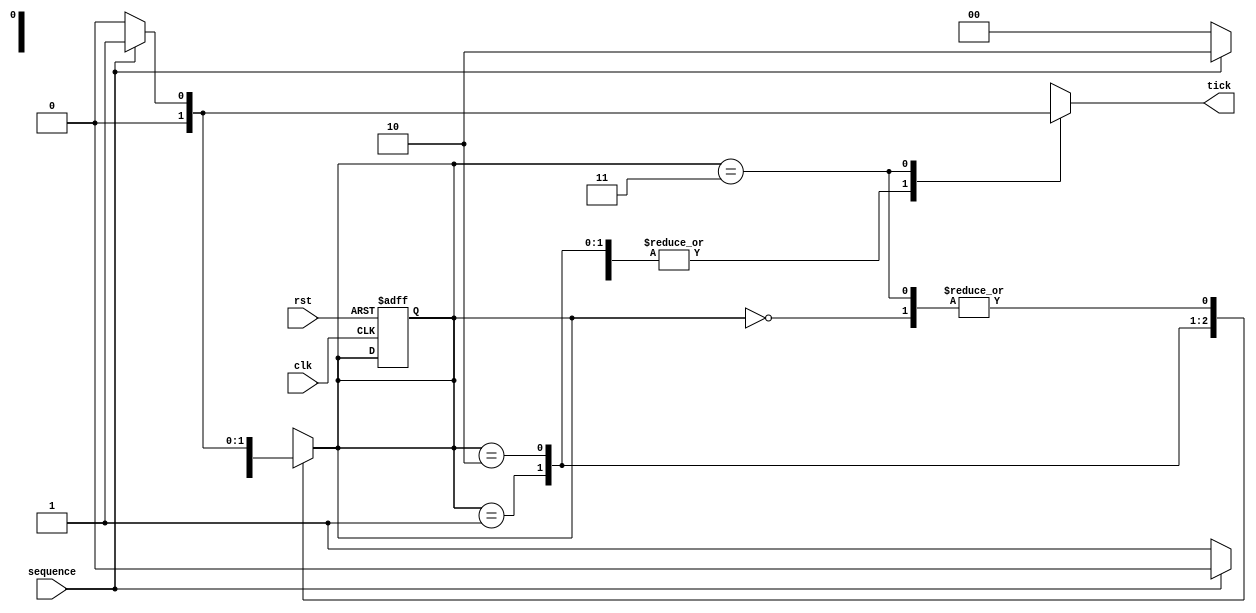
//20L152-SUMITHA R A
module sequencedetector(
    input wire clk,rst,sequence,
    output reg tick
    );
localparam A=2'b00;
localparam B=2'b01;
localparam C=2'b10;
localparam D=2'b11;
reg[1:0]presentState,nextState;
always@(posedge clk,posedge rst)
begin
if(rst)
  presentState<=A;
  else presentState<=nextState;
end
//next state logic
always@(*)
begin
  //default or unassigned state remain same
   presentState=nextState;
	tick=1'b0;
case(presentState)
  A: if(sequence) nextState=B;
     else nextState=A;
  B: begin
     if(sequence) nextState=C;
	   else nextState=A;
		end
  C: begin
     if(sequence) nextState=C;
	   else nextState=D;
		end
  D: if(sequence)begin nextState=B;tick=1'b1;end
	   else nextState=A;
  default:begin
     tick=1'b0;nextState=A;
	  end
endcase
end
endmodule